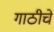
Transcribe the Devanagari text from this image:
गाठीचे